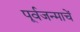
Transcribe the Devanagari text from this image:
पूर्वजन्माचें